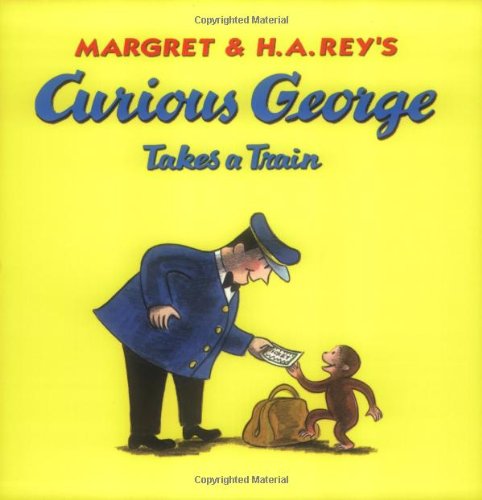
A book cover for Curious George Takes a Train; H. A. Rey; Children's Books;